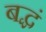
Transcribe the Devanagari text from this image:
बद्धं